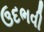
ઉદભવી